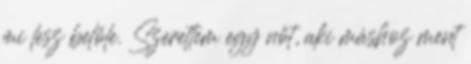
mi lesz belőle. Szerettem egy nőt, aki máshoz ment